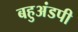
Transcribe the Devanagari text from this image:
बहुअंडपी